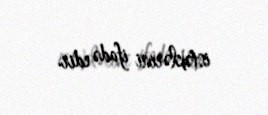
istəklərini ifadə edir.